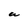
Character: W